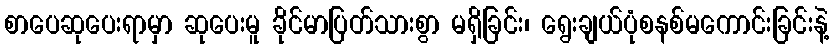
စာပေဆုပေးရာမှာ ဆုပေးမူ ခိုင်မာပြတ်သားစွာ မရှိခြင်း၊ ရွေးချယ်ပုံစနစ်မကောင်းခြင်းနဲ့